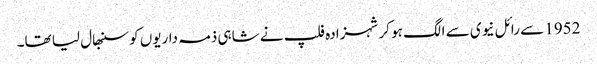
1952 سے رائل نیوی سے الگ ہو کر شہزادہ فلپ نے شاہی ذمہ داریوں کو سنبھال لیا تھا۔